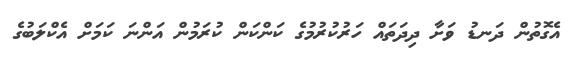
އެގޮތުން ދަނޑު ވަށާ ދިދަތައް ހަރުކުރުމުގެ ކަންކަން ކުރަމުން އަންނަ ކަމަށް އެކްލަބުގެ